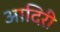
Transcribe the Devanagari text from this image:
आदिरी